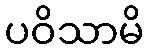
ပဝိသာမိ